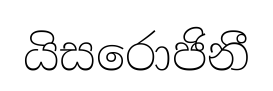
යිසරොජිනී